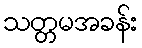
သတ္တမအခန်း